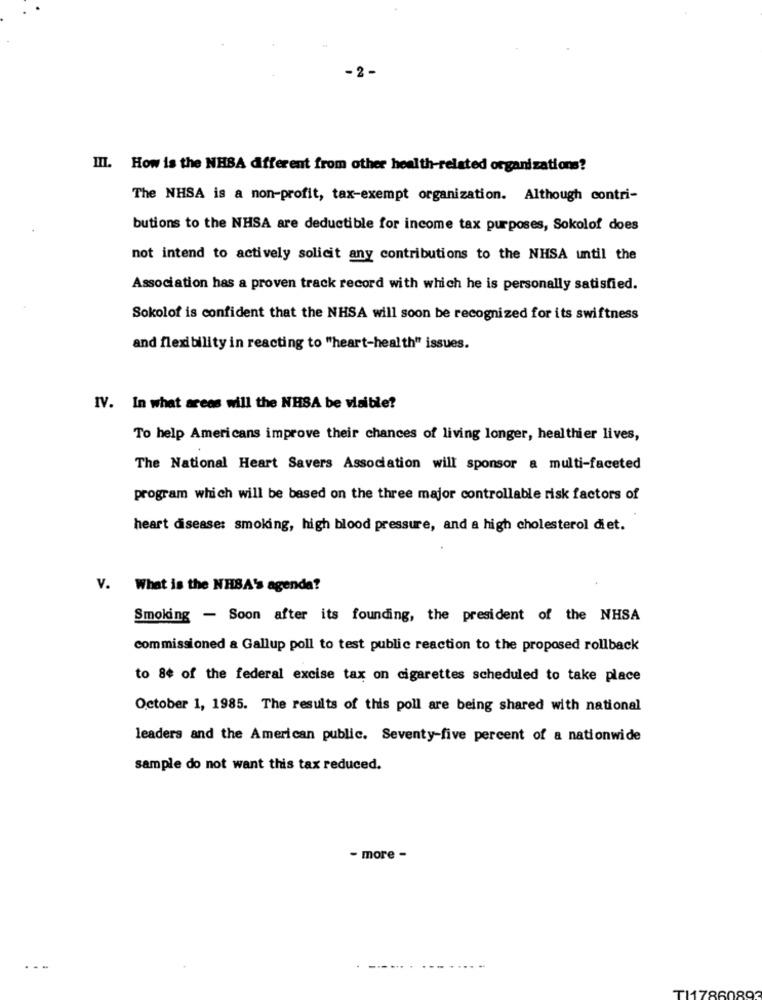
III. How is the NHSA different from other health-related organizations?
The NHSA is a non-profit, tax-exempt organization. Although contri-
butions to the NHSA are deductible for income tax purposes, Sokolof does
not intend to actively solicit any contributions to the NHSA until the
Association has a proven track record with which he is personally satisfied.
Sokolof is confident that the NHSA will soon be recognized for its swiftness
and flexibility in reacting to "heart-health" issues.
IV. In what areas will the NHSA be visible?
To help Americans improve their chances of living longer, healthier lives,
The National Heart Savers Association will sponsor a multi-faceted
program which will be based on the three major controllable risk factors of
heart disease: smoking, high blood pressure, and a high cholesterol diet.
V. What is the NHSA's agenda?
Smoking - Soon after its founding, the president of the NHSA
commissioned a Gallup poll to test public reaction to the proposed rollback
to 8¢ of the federal excise tax on cigarettes scheduled to take place
October 1, 1985. The results of this poll are being shared with national
leaders and the American public. Seventy-five percent of a nationwide
sample do not want this tax reduced.
- more -
...
TI17860893